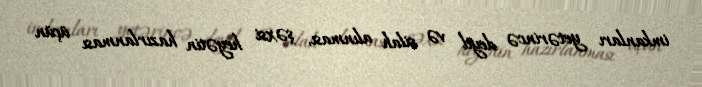
imkanları yetərincə deyil və silah alınması, şəxsi heyətin hazırlanması üçün